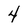
Character: 4